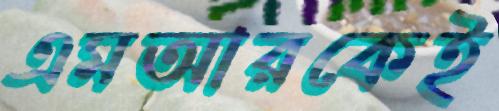
এমআরকেই